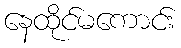
နေထိုင်မကောင်း